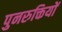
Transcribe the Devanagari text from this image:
पुनरुक्तियों